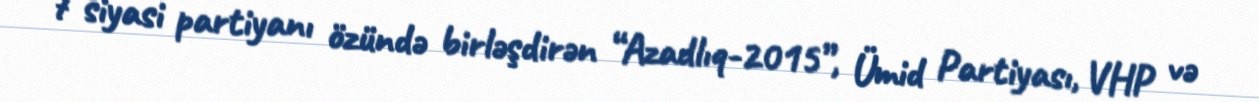
7 siyasi partiyanı özündə birləşdirən “Azadlıq-2015”, Ümid Partiyası, VHP və